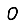
Digit: 0